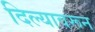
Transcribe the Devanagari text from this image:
दिल्यावरून